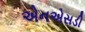
એનએસડી